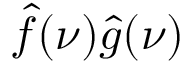
{ \hat { f } } ( \nu ) { \hat { g } } ( \nu )